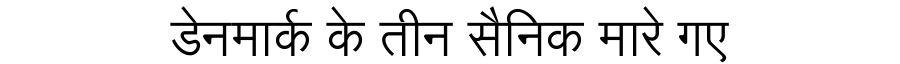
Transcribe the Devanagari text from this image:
डेनमार्क के तीन सैनिक मारे गए